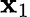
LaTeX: \textbf{x}_{1}